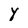
Character: y